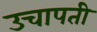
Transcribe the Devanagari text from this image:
उचापती